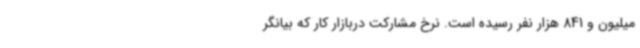
میلیون و 841 هزار نفر رسیده است. نرخ مشارکت دربازار کار که بیانگر